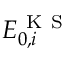
E _ { 0 , i } ^ { \mathrm { ~ K ~ S ~ } }